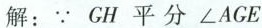
解：∵ GH 平分∠AGE